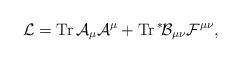
LaTeX: \begin{align*}{\cal L} = {\rm Tr}\,{\cal A}_\mu {\cal A}^\mu + {\rm Tr}\, \mbox{}^*\!{\cal B}_{\mu\nu} {\cal F}^{\mu\nu},\end{align*}